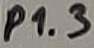
Text: P1.3